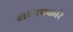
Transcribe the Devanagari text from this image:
खासप्रकारे